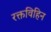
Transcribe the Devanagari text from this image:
रक्तविहिन